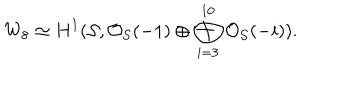
W _ { 8 } \simeq H ^ { 1 } ( { \cal S } , { \cal O } _ { \cal S } ( - 1 ) \oplus \bigoplus _ { i = 3 } ^ { 1 0 } { \cal O } _ { \cal S } ( - i ) ) .